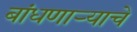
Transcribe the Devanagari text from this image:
बांधणार्‍याचे